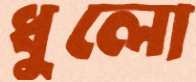
ধুলো